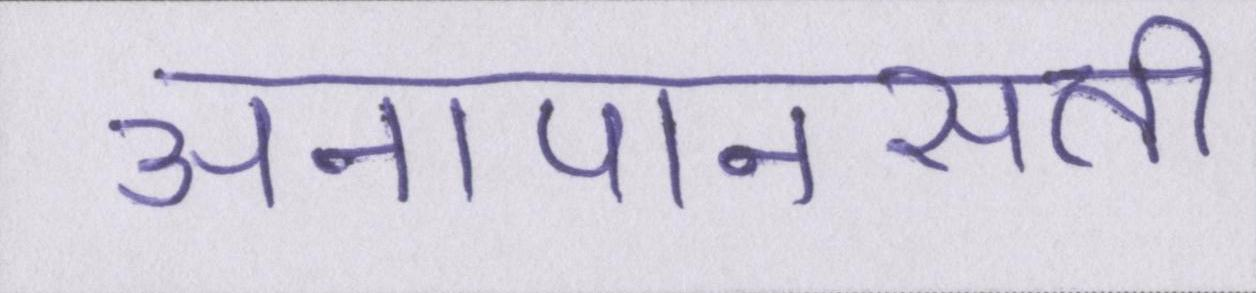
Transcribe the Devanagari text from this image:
अनापानसती